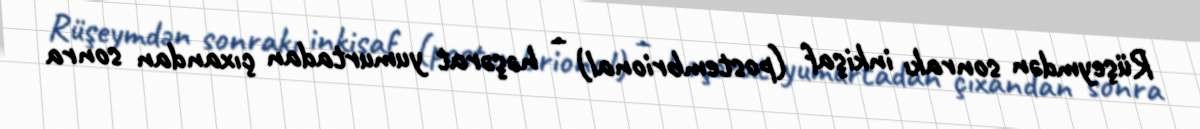
Rüşeymdən sonrakı inkişaf (postembrional) – həşərat yumurtadan çıxandan sonra